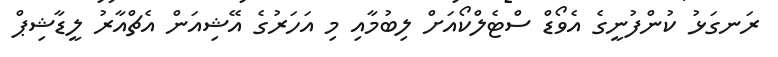
ރަނގަޅު ކުންފުނީގެ އެވޯޑް ސްޓެލްކޯއަށް ލިބުމާއި މި އަހަރުގެ އޭޝިއަން އެޗްއާރު ލީޑާޝިޕް